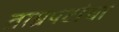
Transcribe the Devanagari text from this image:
ताम्रपटांचा